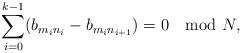
LaTeX: \begin{align*}\sum_{i=0}^{k-1}(b_{m_in_i}-b_{m_in_{i+1}})=0 \mod N,\end{align*}